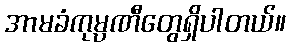
အာမခံကုမ္ပဏီတွေရှိပါတယ်။